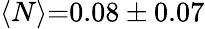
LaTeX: \langle N\rangle{=}0.08\pm 0.07